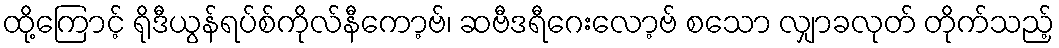
ထို့ကြောင့် ရိုဒီယွန်ရပ်စ်ကိုလ်နီကော့ဗ်၊ ဆဗီဒရီဂေးလော့ဗ် စသော လျှာခလုတ် တိုက်သည့်